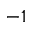
^ { - 1 }